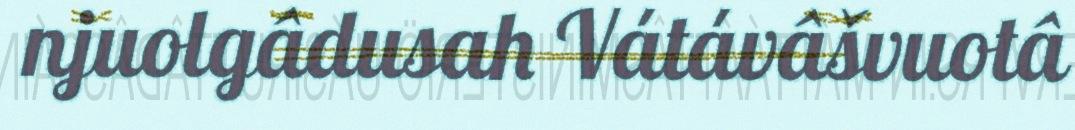
njuolgâdusah Vátávâšvuotâ